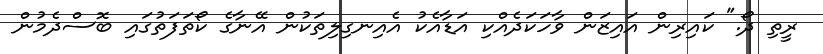
ރީތި ދޯ." ކައިރިން އައިޒަން ވާހަކަދެއްކި އަޑާއެކު އެއިނގިލިތަކުން އޭނާގެ ކޯތަފަތުގައި ބޮސްދެމުން